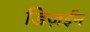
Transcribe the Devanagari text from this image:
डिज़ईन